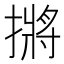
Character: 摪